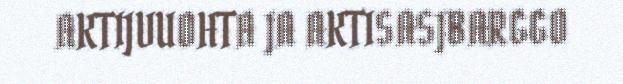
AKTIJVUOHTA JA AKTISASJBARGGO